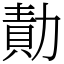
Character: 勣